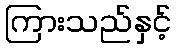
ကြားသည်နှင့်